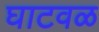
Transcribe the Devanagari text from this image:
घाटवळ